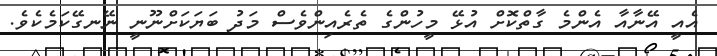
އެއީ އޭނާއާ އެންމެ ގާތްކޮށް އުޅޭ މީހުންގެ ތެރެއިންވެސް މަދު ބަޔަކަށްނޫނީ ނޭނގޭކަމެކެވެ.